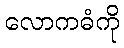
လောကဓံကို